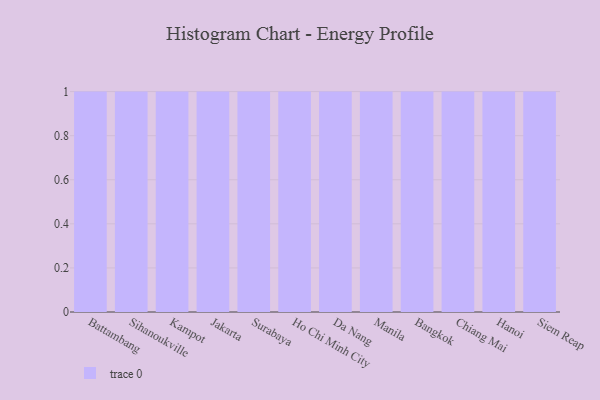
{"axis": {"x": "City", "y": "Market Share (%)"}, "legend": [""], "data": [{"x": "Battambang", "y": 64, "type": ""}, {"x": "Sihanoukville", "y": 91, "type": ""}, {"x": "Kampot", "y": 79, "type": ""}, {"x": "Jakarta", "y": 65, "type": ""}, {"x": "Surabaya", "y": 80, "type": ""}, {"x": "Ho Chi Minh City", "y": 75, "type": ""}, {"x": "Da Nang", "y": 73, "type": ""}, {"x": "Manila", "y": 8, "type": ""}, {"x": "Bangkok", "y": 44, "type": ""}, {"x": "Chiang Mai", "y": 48, "type": ""}, {"x": "Hanoi", "y": 91, "type": ""}, {"x": "Siem Reap", "y": 9, "type": ""}]}